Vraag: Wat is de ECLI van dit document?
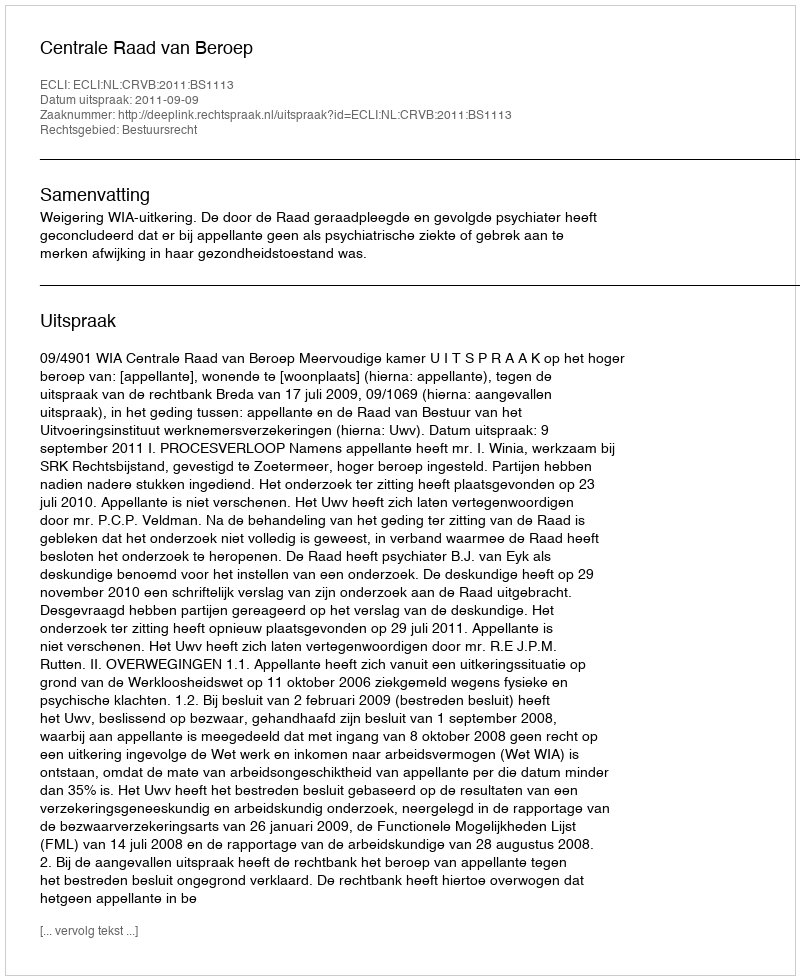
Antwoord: ECLI:NL:CRVB:2011:BS1113